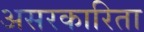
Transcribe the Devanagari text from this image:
असरकारिता